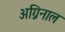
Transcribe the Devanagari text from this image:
अग्निनाल